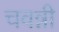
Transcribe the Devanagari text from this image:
चवन्नी